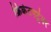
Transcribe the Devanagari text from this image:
क्रिकेटपटूंवर